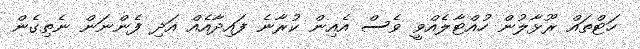
ހަޓްތައް ރޫޅާލުން ހުއްޓާލެއްވީ ވެސް އެއިން ކުރާނެ ފައިދާއެއް އަދި ފެންނަން ނެތިގެން